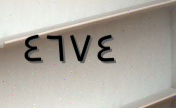
٤٦٧٤